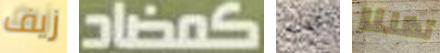
زيف كمضاد كذلك تظننا